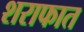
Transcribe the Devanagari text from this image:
शराफात